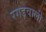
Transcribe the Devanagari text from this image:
रगड़वाली